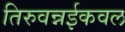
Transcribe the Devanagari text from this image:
तिरुवन्नईकवल